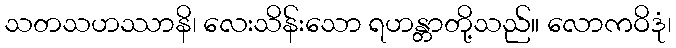
သတသဟဿာနိ၊ လေးသိန်းသော ရဟန္တာတို့သည်။ လောကဝိဒုံ၊